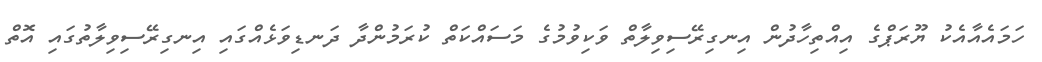
ހަމައެއާއެކު ޔޫރަޕްގެ އިއްތިހާދުން އިނގިރޭސިވިލާތް ވަކިވުމުގެ މަސައްކަތް ކުރަމުންދާ ދަނޑިވަޅެއްގައި އިނގިރޭސިވިލާތުގައި އޮތް